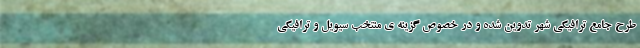
طرح جامع ترافيكي شهر تدوين شده و در خصوص گزینه ی منتخب سیویل و ترافیکی